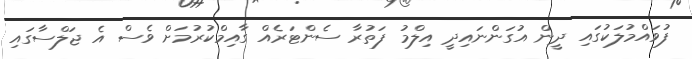
ފުވައްމުލަކުގައި ދީން އުގަންނައިދީ އިލްމު ފަތުރާ ސެންޓަރެއް ގާއިމްކުރުމަށް ވެސް އެ ޖަލްސާގައި